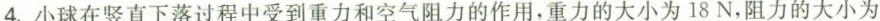
4.小球在竖直下落过程中受到重力和空气阻力的作用，重力的大小为18N，阻力的大小为